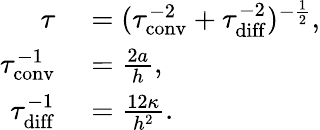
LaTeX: \begin{array}{rl}{\tau}&{{}=(\tau_{\mathrm{conv}}^{-2}+\tau_{\mathrm{diff}}^{-2})^{-\frac{1}{2}},}\\ {\tau_{\mathrm{conv}}^{-1}}&{{}=\frac{2a}{h},}\\ {\tau_{\mathrm{diff}}^{-1}}&{{}=\frac{12\kappa}{h^{2}}.}\end{array}